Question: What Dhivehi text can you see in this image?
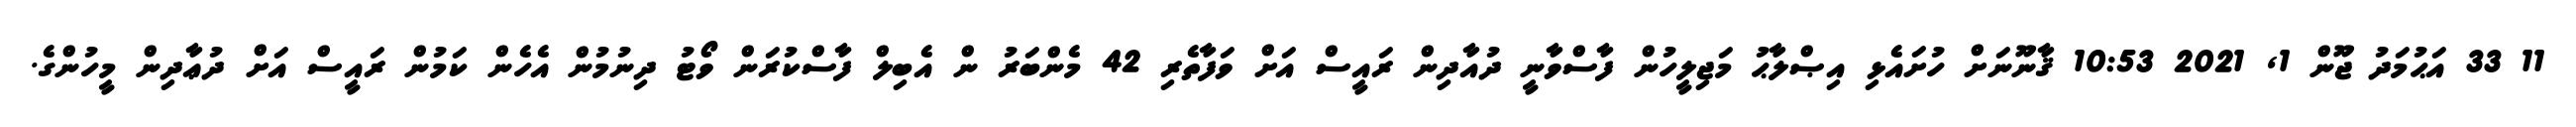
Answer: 11 33 އަޙުމަދު ޖޫން 1, 2021 10:53 ޤާނޫނަށް ހުށައެޅި އިޞްލާޙު މަޖިލީހުން ފާސްވާނީ ދުއާދިން ރައީސް އަށް ވަފާތެރި 42 މެންބަރު ން އެބިލް ފާސްކުރަން ވޯޓު ދިނުމުން އެހެން ކަމުން ރައީސް އަށް ދުޢާދިން މީހުންގެ.